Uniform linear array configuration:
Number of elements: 48
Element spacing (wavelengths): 1
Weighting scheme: hann
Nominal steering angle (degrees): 15
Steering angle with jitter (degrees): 14.273
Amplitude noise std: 0.05
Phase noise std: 0.05

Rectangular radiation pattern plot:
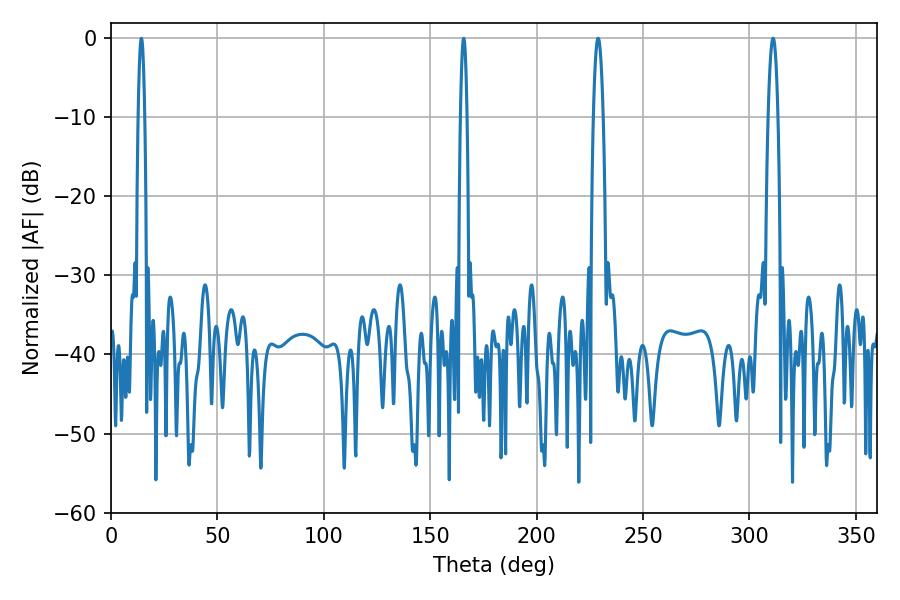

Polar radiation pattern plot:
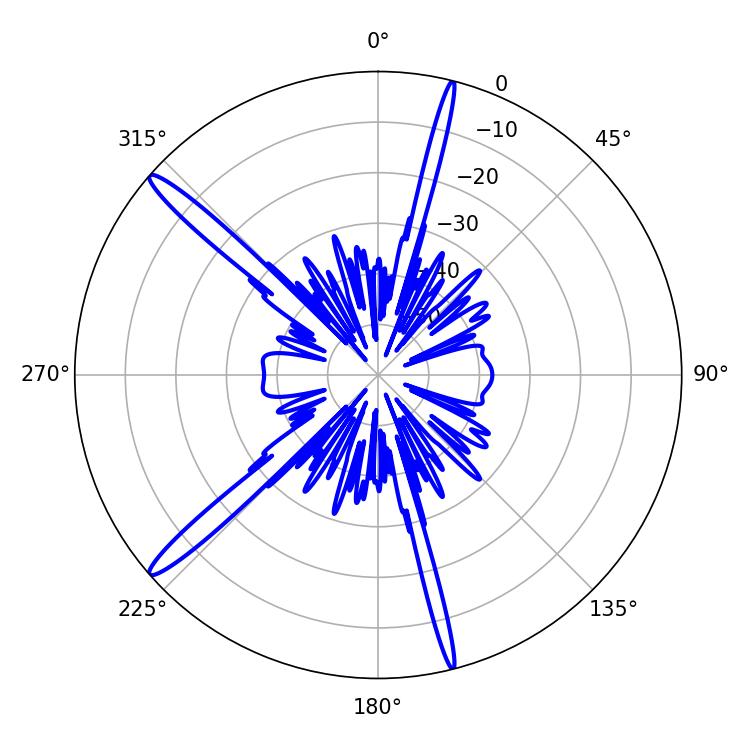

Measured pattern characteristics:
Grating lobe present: TRUE
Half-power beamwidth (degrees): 2.52
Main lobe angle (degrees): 311.04